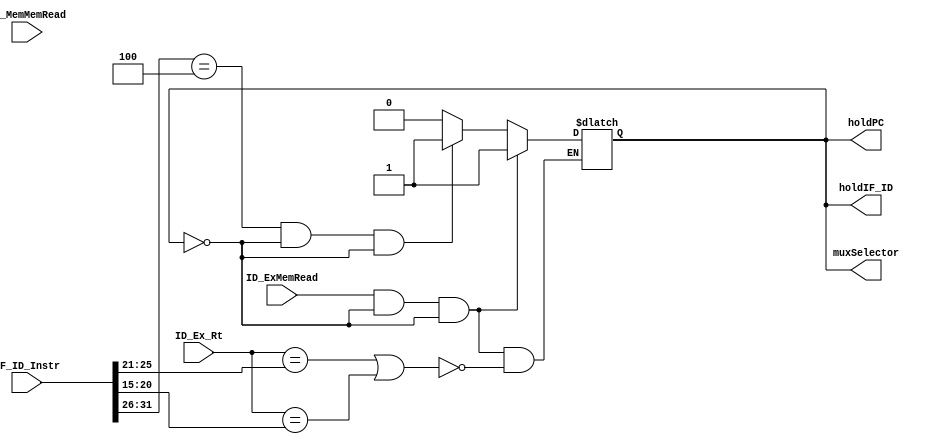
module HazardDetection_Unit (ID_ExMemRead,EX_MemMemRead,ID_Ex_Rt,IF_ID_Instr,holdPC,holdIF_ID,muxSelector);

/* This module is used for detection of data hazards in the pipelined processor which cannot be forwarded. Control signals are generated that are used for introducing stalls in the pipeline 
   The conditions are in accordance with that specified in the TB */ 
 
input ID_ExMemRead,EX_MemMemRead;
input [4:0] ID_Ex_Rt;
input [31:0] IF_ID_Instr;
output reg holdPC, holdIF_ID, muxSelector;
parameter beq=6'b000100;

initial
begin
	holdPC <= 0;
	holdIF_ID <= 0;
	muxSelector <= 0;
end

always@(ID_ExMemRead or ID_Ex_Rt or IF_ID_Instr)
begin
  if (ID_ExMemRead && (holdPC == 1'b0) && (holdIF_ID == 1'b0))
	begin
	  if(ID_Ex_Rt==IF_ID_Instr[25:21] || ID_Ex_Rt==IF_ID_Instr[20:15] )
		begin
		  holdPC<=1;
		  holdIF_ID<=1;
		  muxSelector<=1;
		end
	end
  else if((IF_ID_Instr [31:26]==beq) && (holdPC == 1'b0) && (holdIF_ID == 1'b0))
	begin
	  holdPC<=1;
	  holdIF_ID<=1;
	  muxSelector<=1;
	end
	  
  else
	begin
	  holdPC<=0;
	  holdIF_ID<=0;
	  muxSelector<=0;     
	end    
  
end
  
  
endmodule